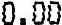
0.00